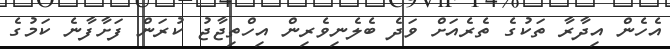
އެހެން އިދާރާ ތަކުގެ ތެރެއަށް ވަދެ ބެލެނިވެރިން އިހްތިޖާޖު ކުރަން ފަށާފާނެ ކަމުގެ